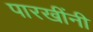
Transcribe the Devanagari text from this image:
पारखींनी